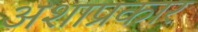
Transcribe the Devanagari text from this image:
अशाप्रकार